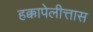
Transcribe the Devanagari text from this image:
हक्कापेलीत्तास